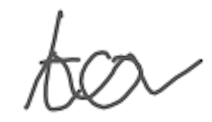
Text: to
Cross-out: wave
Writing tool: digital_gray